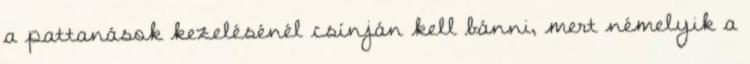
a pattanások kezelésénél csínján kell bánni, mert némelyik a